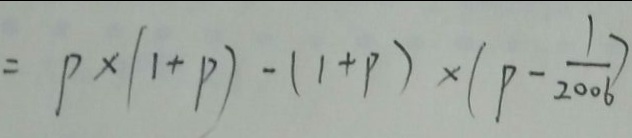
= p \times ( 1 + p ) - ( 1 + p ) \times ( p - \frac { 1 } { 2 0 0 6 } )